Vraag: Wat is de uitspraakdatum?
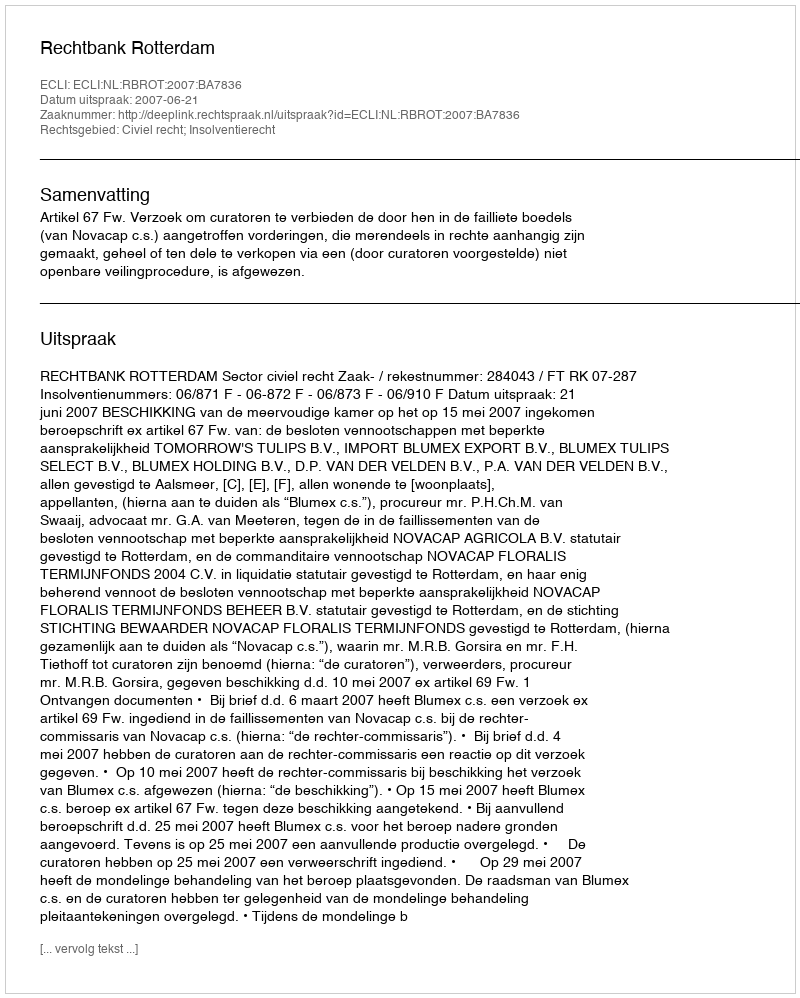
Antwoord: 2007-06-21